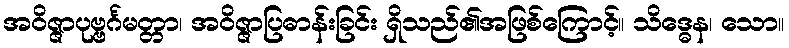
အဝိဇ္ဇာပုဗ္ဗင်္ဂမတ္တာ၊ အဝိဇ္ဇာပြဓာန်းခြင်း ရှိသည်၏အဖြစ်ကြောင့်။ သိဒ္ဓေန၊ သော။